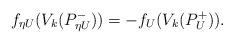
LaTeX: \begin{align*} f_{\eta U}( V_k( P^-_{\eta U} ) ) = - f_U( V_k( P^+_U ) ) . \end{align*}